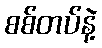
စစ်တပ်နဲ့